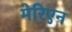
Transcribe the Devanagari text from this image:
मेरिएन